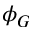
\phi _ { G }